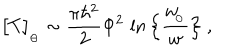
LaTeX: \big [ T \big ] _ { _ \ominus } \sim { \frac { \pi \hbar ^ { 2 } } { 2 } } \Phi ^ { 2 } \, \ln \Big \{ { \frac { w _ { \! _ { \odot } } } { w } } \Big \} \ ,